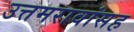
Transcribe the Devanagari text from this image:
उत्तमरावांसह